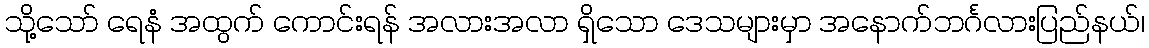
သို့သော် ရေနံ အထွက် ကောင်းရန် အလားအလာ ရှိသော ဒေသများမှာ အနောက်ဘင်္ဂလားပြည်နယ်၊